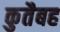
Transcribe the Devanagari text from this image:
कुतैबह